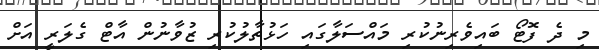
މި ދެ ފޮޓޯ ބައިވެރިނުކުރި މައްސަލާގައި ހަޅުތާލުކުރި ޒުވާނުން އާޓް ގެލަރީ އަށް